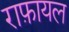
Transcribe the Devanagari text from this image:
राफ़ायल